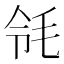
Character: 𣬹